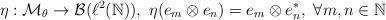
LaTeX: \begin{align*}\eta:{\cal{M}}_\theta\to{\cal{B}}(\ell^2(\mathbb{N})),\ \eta(e_m\otimes e_n)=e_m\otimes e^*_n,\ \forall m,n\in\mathbb{N}\end{align*}